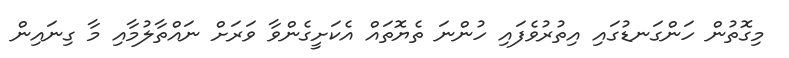
މިގޮތުން ހަންގަނޑުގައި އިތުރުވެފައި ހުންނަ ތެޔޮތައް އެކަށީގެންވާ ވަރަށް ނައްތާލުމާއި މާ ގިނައިން